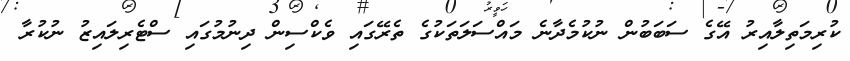
ކުރިމަތިލާއިރު އޭގެ ސަބަބުން ނުކުމެދާނެ މައްސަލަތަކުގެ ތެރޭގައި ވެކްސިން ދިނުމުގައި ސްޓެރިލައިޒު ނުކުރާ